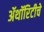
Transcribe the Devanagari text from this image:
ॲथॉरिटीचे